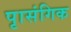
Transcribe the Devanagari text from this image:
पृासंगिक